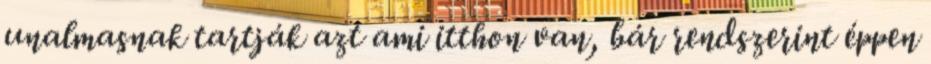
unalmasnak tartják azt ami itthon van, bár rendszerint éppen